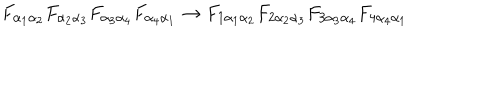
{ F _ { \alpha _ { 1 } \alpha _ { 2 } } } { F _ { \alpha _ { 2 } \alpha _ { 3 } } } { F _ { \alpha _ { 3 } \alpha _ { 4 } } } { F _ { \alpha _ { 4 } \alpha _ { 1 } } } \rightarrow { F _ { 1 \alpha _ { 1 } \alpha _ { 2 } } } { F _ { 2 \alpha _ { 2 } \alpha _ { 3 } } } { F _ { 3 \alpha _ { 3 } \alpha _ { 4 } } } { F _ { 4 \alpha _ { 4 } \alpha _ { 1 } } }